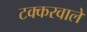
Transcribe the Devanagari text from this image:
टक्करवाले